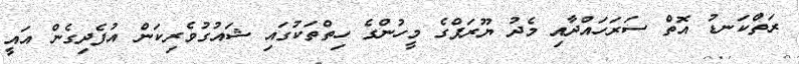
ރަތްކަނޑު އޮތް ސަރަހައްދާއި މެދު ޔޫރަޕްގެ މީހުންގެ ހިތްތަކުގައި ޝައުގުވެރިކަން އުފެދިގެން އައީ